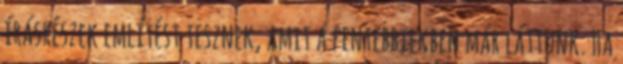
írásrészek említést tesznek, amit a fentebbiekben már láttunk. Ha